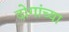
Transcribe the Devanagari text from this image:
दोगांच्या